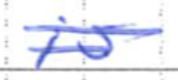
Text: is
Cross-out: mix
Writing tool: ballpoint